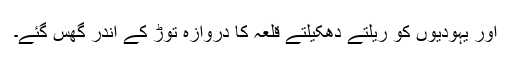
اور یہودیوں کو ریلتے دھکیلتے قلعہ کا دروازہ توڑ کے اندر گھس گئے۔